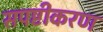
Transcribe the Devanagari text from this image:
सपष्टीकरण